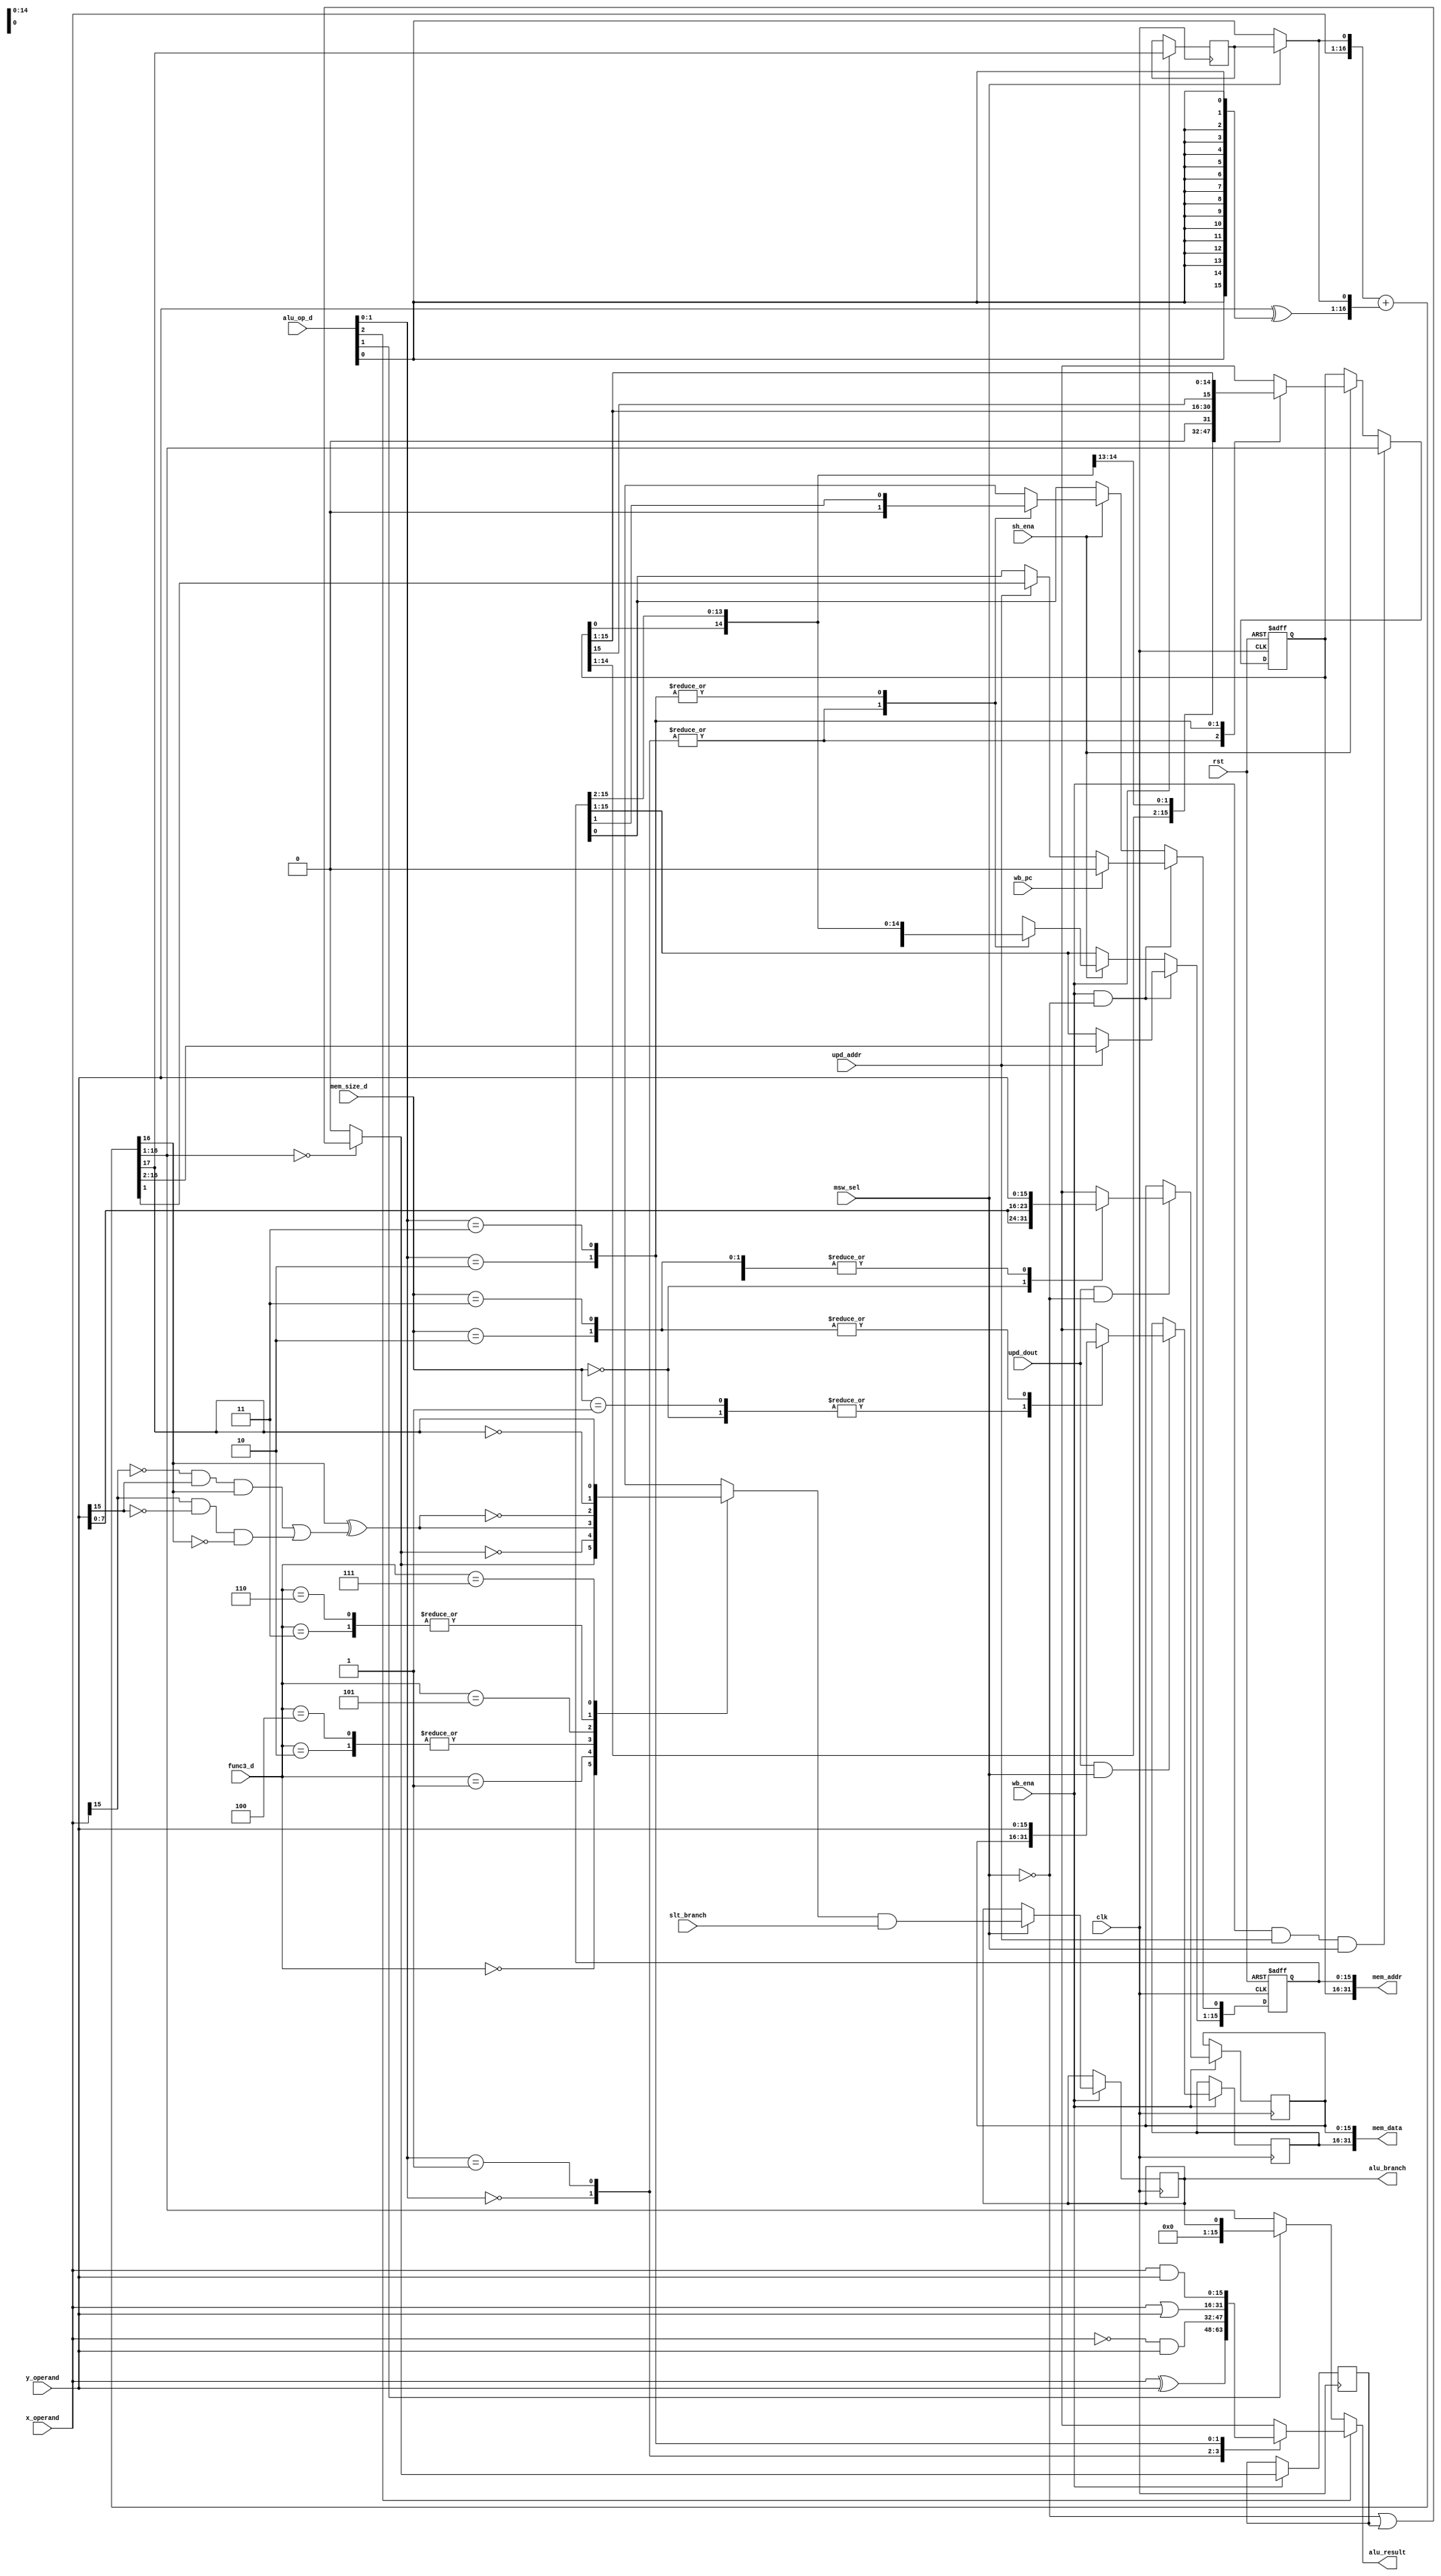
module jive_alu16
(
    input         rst,
    input         clk,
    
    input         wb_pc,
    input         wb_ena,
    input         sh_ena,
    
    input  [15:0] x_operand,
    input  [15:0] y_operand,
    input         msw_sel,
    input         upd_addr,
    input         upd_dout,
    input   [2:0] func3_d,
    input   [3:0] alu_op_d,
    input         slt_branch,
    output        alu_branch,
    output [15:0] alu_result,
    
    input   [1:0] mem_size_d,
    output [31:0] mem_addr,
    output [31:0] mem_data
);
    parameter [31:0] RESET_PC = 32'h00000000;
    
/*
   alu_op_d :
   ==========
   4'b0000 : X + Y
   4'b0001 : X - Y
   4'b0010 : X + Y (branch)
   4'b0011 : X - Y (branch)
   4'b0100 : X ^ Y
   4'b0101 : X & ~Y
   4'b0110 : X | Y
   4'b0111 : X & Y
   4'b1?00 : R
   4'b1?01 : R << 1
   4'b1?10 : R >> 1
   4'b1?11 : R >> 1
*/

    // ========================================================================
    // ADDER
    // ========================================================================

    wire [17:0] w_x_oper;
    wire [17:0] w_y_oper;
    wire [17:0] w_adder;
    
    assign w_x_oper[17]   = 1'b0;
    assign w_x_oper[16:1] = x_operand;
    assign w_x_oper[0]    = (msw_sel) ? r_cout : alu_op_d[0];
    
    assign w_y_oper[17]   = 1'b0;
    assign w_y_oper[16:1] = y_operand ^ {16{alu_op_d[0]}};
    assign w_y_oper[0]    = (msw_sel) ? r_cout : alu_op_d[0];
    
    assign w_adder = w_x_oper + w_y_oper;
    
    // ========================================================================
    // LOGIC
    // ========================================================================
    
    reg  [15:0] w_logic;

    always @(*) begin : LOGIC
    
        case (alu_op_d[1:0])
            2'b00 : w_logic =  x_operand ^ y_operand;
            2'b01 : w_logic = ~x_operand & y_operand;
            2'b10 : w_logic =  x_operand | y_operand;
            2'b11 : w_logic =  x_operand & y_operand;
        endcase
    end
    
    // ========================================================================
    // BRANCH / SET EVALUATE
    // ========================================================================
    
    reg         r_branch;
    reg         w_branch;
    reg         r_cout;
    reg         r_equ;
    wire        w_equ;
    wire        w_over;
    
    //assign w_equ  = (x_operand == y_operand) ? ~msw_sel | r_equ : 1'b0;
    assign w_equ  = (w_adder[16:1] == 16'd0) ? ~msw_sel | r_equ : 1'b0;
    assign w_over = (~x_operand[15] &  y_operand[15] &  w_adder[16])
                  | ( x_operand[15] & ~y_operand[15] & ~w_adder[16]);
    
    always @(posedge clk) begin : BRANCH_FLAG
    
        if (wb_ena) begin
            r_cout <= w_adder[17];
            r_equ  <= w_equ;
            if (msw_sel) begin
                r_branch <= w_branch & slt_branch;
            end
        end
    end
    
    always @(*) begin : BRANCH_RESULT
    
        casez (func3_d)
            3'b000 : w_branch =   w_equ;                 // BEQ
            3'b001 : w_branch =  ~w_equ;                 // BNE
            3'b010 : w_branch =  (w_adder[16] ^ w_over); // SLT, SLTI
            3'b011 : w_branch =  ~w_adder[17];           // SLTU, SLTUI
            3'b100 : w_branch =  (w_adder[16] ^ w_over); // BLT
            3'b101 : w_branch = ~(w_adder[16] ^ w_over); // BGE
            3'b110 : w_branch =  ~w_adder[17];           // BLTU
            3'b111 : w_branch =   w_adder[17];           // BGEU
        endcase
    end
    
    // ========================================================================
    // DATA BUS REGISTERS
    // ========================================================================
    
    reg [15:0] r_data_msw;
    reg [15:0] r_data_lsw;
    
    always @(posedge clk) begin : DATA_OUT_REGS
        
        if (wb_ena) begin
            // Dout.hi
            if (upd_dout & msw_sel) begin
                case (mem_size_d)
                    2'b00 : r_data_msw <= r_data_lsw;
                    2'b01 : r_data_msw <= r_data_lsw;
                    2'b10 : r_data_msw <= y_operand[15:0];
                    2'b11 : r_data_msw <= y_operand[15:0];
                endcase
            end
            
            // Dout.lo
            if (upd_dout & ~msw_sel) begin
                case (mem_size_d)
                    2'b00 : r_data_lsw <= { y_operand[7:0], y_operand[7:0] };
                    2'b01 : r_data_lsw <= y_operand[15:0];
                    2'b10 : r_data_lsw <= y_operand[15:0];
                    2'b11 : r_data_lsw <= y_operand[15:0];
                endcase
            end
        end
    end
    
    reg [15:0] r_addr_msw;
    reg [15:0] r_addr_lsw;
    
    always @(posedge rst or posedge clk) begin : ADDR_OUT_REGS
    
        if (rst) begin
            r_addr_msw <= RESET_PC[31:16];
            r_addr_lsw <= RESET_PC[15: 0];
        end
        else begin
            // Addr.hi
            if (wb_ena & upd_addr & msw_sel) begin
                r_addr_msw <= w_adder[16:1];
            end
            else if (sh_ena) begin
                case (alu_op_d[1:0])
                    2'b00 : r_addr_msw <= { r_addr_msw[14:0], r_addr_lsw[15  ] };
                    2'b01 : r_addr_msw <= { r_addr_msw[14:0], r_addr_lsw[15  ] };
                    2'b10 : r_addr_msw <= {             1'b0, r_addr_msw[15:1] };
                    2'b11 : r_addr_msw <= { r_addr_msw[15  ], r_addr_msw[15:1] };
                endcase
            end
            
            // Addr.lo
            if (wb_ena & ~msw_sel) begin
                r_addr_lsw[15:1] <= (upd_addr) ? w_adder[16:2] : r_addr_lsw[15:1];
                r_addr_lsw[0]    <= (wb_pc) ? 1'b0
                                  : (upd_addr) ? w_adder[1] : r_addr_lsw[0];
            end
            else if (sh_ena) begin
                case (alu_op_d[1:0])
                    2'b00 : r_addr_lsw <= { r_addr_lsw[14:0], 1'b0 };
                    2'b01 : r_addr_lsw <= { r_addr_lsw[14:0], 1'b0 };
                    2'b10 : r_addr_lsw <= { r_addr_msw[   0], r_addr_lsw[15:1] };
                    2'b11 : r_addr_lsw <= { r_addr_msw[   0], r_addr_lsw[15:1] };
                endcase
            end
        end
    end
    
    // ========================================================================
    // RESULTS
    // ========================================================================
    
    assign alu_branch = r_branch;
    assign alu_result = (alu_op_d[2])
                      ? w_logic[15:0]
                      : (alu_op_d[1])
                      ? { 15'b0, r_branch }
                      : w_adder[16:1];
    
    assign mem_addr   = { r_addr_msw, r_addr_lsw }; // { R.hi,  R.lo }
    assign mem_data   = { r_data_msw, r_data_lsw }; // { Do.hi, Do.lo }
    
endmodule